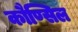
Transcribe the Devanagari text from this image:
कौण्सिल